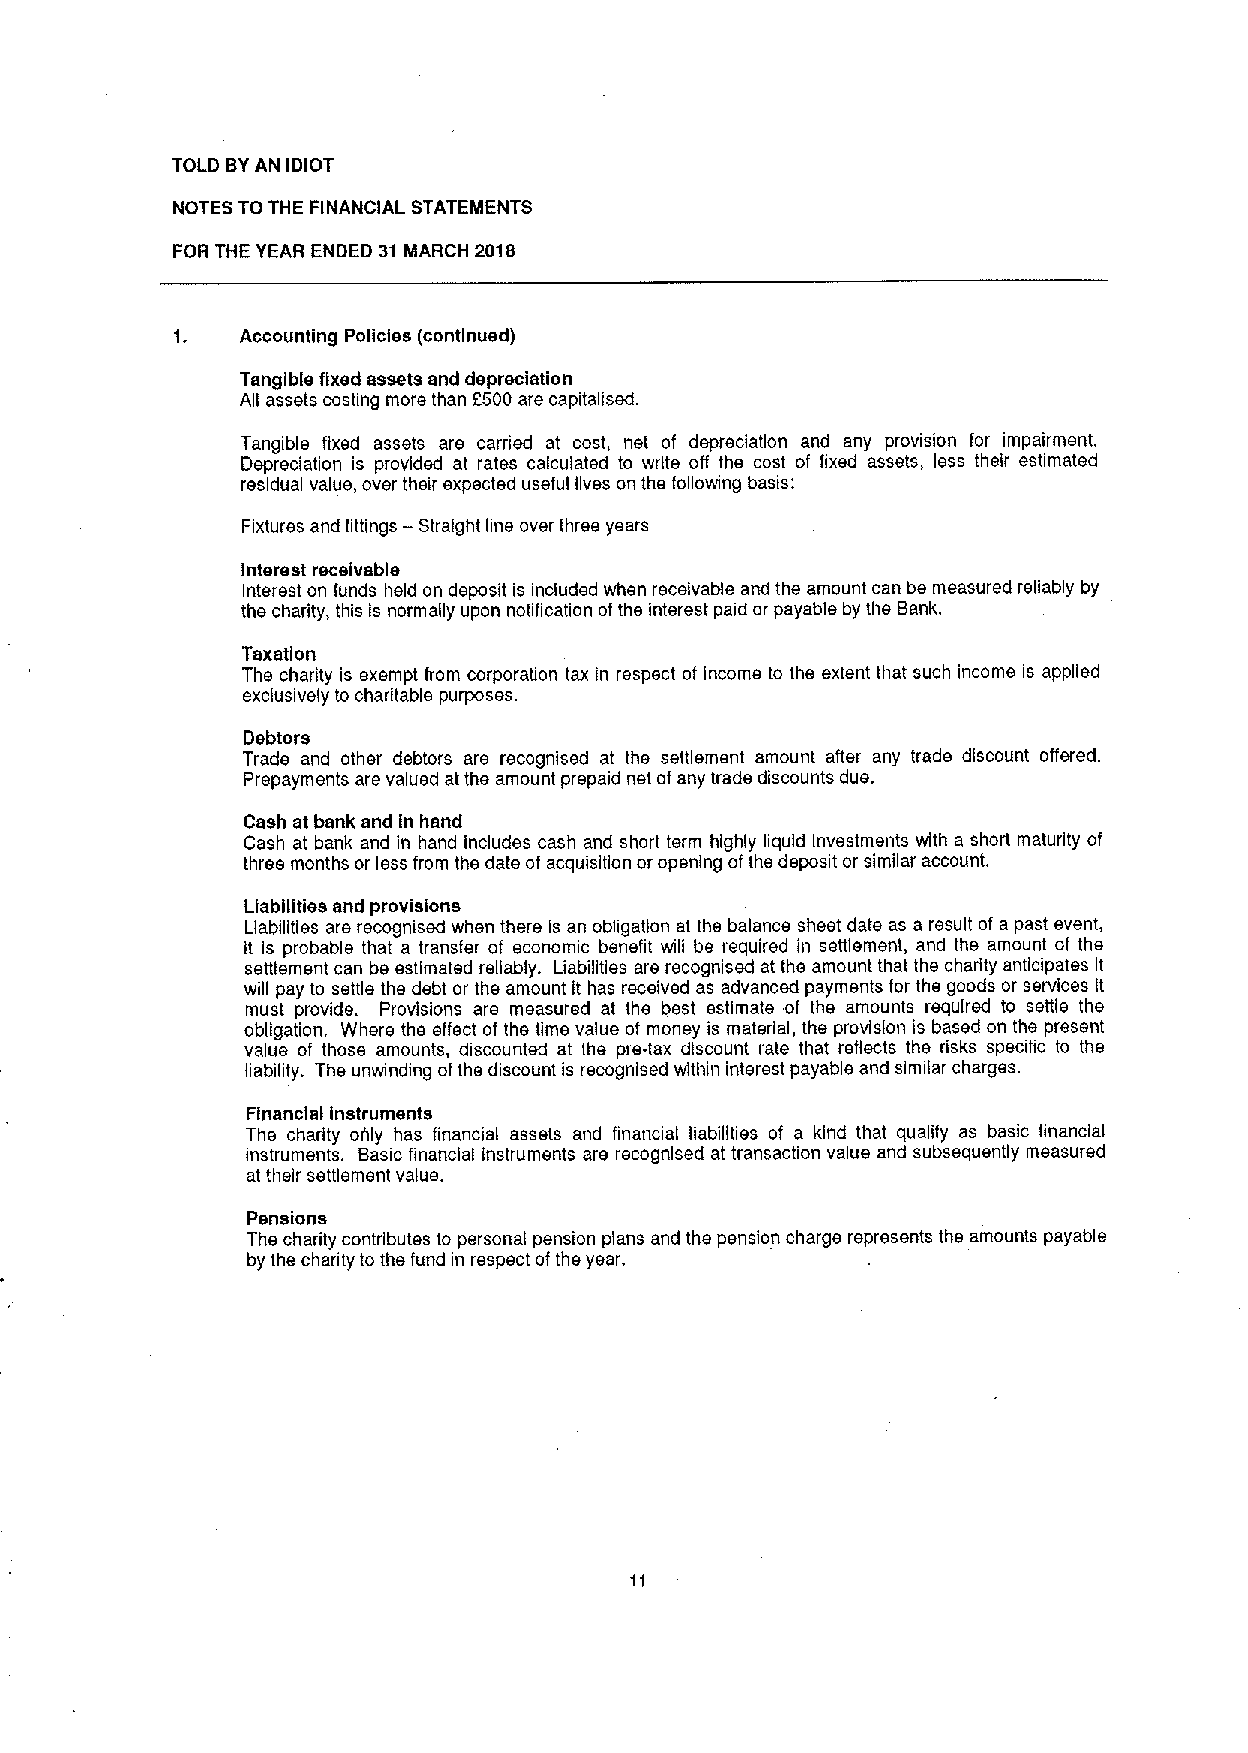
TOLD BYAN IDIOT
 NOTES TO THE FINANCIAL STATEMENTS
 FOR THE YEAR ENDED 31 MARCH 2018
 Accounting Policies (continued)
 Tangible fixed assets and depreciation
 All assets costing more than F500are capitalised.
 Tangible fixed assets are carried at cost, net of depreciation and any provision for impairment.
 Depreciation is provided at rates calculated to write off the cost of fixed assets, less their estimated
 residual value, over their expected useful lives on the following basis:
 Fixtures and fittings —Straight line over three years
 Interest receivable
 Interest on funds held on deposit is included when receivable and the amount can be measured reliably by
 the charity, this is normally upon notification ofthe interest paid or payable by the Bank.
 Taxation
 The charity is exempt from corporation tax in respect of income to the extent that such income is applied
 exclusively to charitable purposes.
 Debtors
 Trade and other debtors are recognised at the settlement amount after any trade discount offered.
 Prepayments are valued at the amount prepaid net ofany trade discounts due.
 Cash at bank and in hand
 Cash at bank and in hand includes cash and short term highly liquid Investments with a short maturity of
 three months or less from the date of acquisition oropening ofIhe deposit or similar account.
 Liabilities and provisions
 Liabilities are recognised when there is an obkgation at the balance sheet date as a result of a past event,
 It Is probable that a transfer of economic benefit will be required in settlement, and the amount of the
 settlement can be estimated reliably. Liabilities are recognised at the amount that the charity anticipates it
 will pay to settle the debt or the amount it has received as advanced payments for the goods or services it
 must provide. Provisions are measured at Ihe best estimate of the amounts required to settle the
 obligation. Where the effect of the time value of money is material, the provision is based on the present
 value of those amounts, discounted at the pre-tax discount rate that reflects the risks specific to the
 liability. The unwinding ofthe discount is recognised within interest payable and similar charges.
 Financial instruments
 The charity ohly has financial assets and financial liabilities of a kind that qualify as basic financial
 instruments. Basic financial instruments are recognised at transaction value and subsequently measured
 at their settlement value.
 Pensions
 The charity contributes to personal pension plans and the pension charge represents the amounts payable
 by the charity to the fund in respect ofthe year.
 11